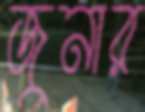
জুনার